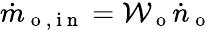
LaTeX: \dot{m}_{\mathrm{~o~,~i~n~}}=\mathcal{W}_{\mathrm{~o~}}\dot{n}_{\mathrm{~o~}}